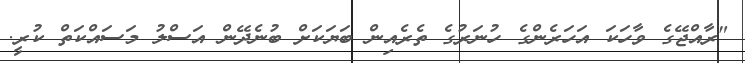
"ރާއްޖޭގެ ވާހަކަ އަހަރެންގެ ހުނަރުގެ ތެރެއިން ބަޔަކަށް ބުނެދޭން އަސްލު މަސައްކަތް ކުރީ.